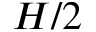
H / 2